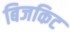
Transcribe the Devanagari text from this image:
बिजकिट